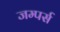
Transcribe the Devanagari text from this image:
जम्पर्स